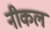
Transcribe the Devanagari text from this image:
नीकल